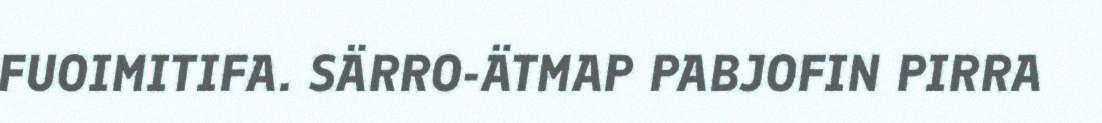
FUOIMITIFA. SÄRRO-ÄTMAP PABJOFIN PIRRA